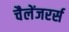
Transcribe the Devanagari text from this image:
चैलेंजरर्स